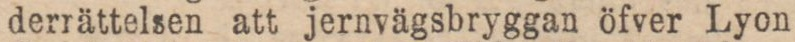
derrättelsen att jernvägsbryggan öfver Lyon